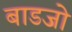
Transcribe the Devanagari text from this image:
बाडजो